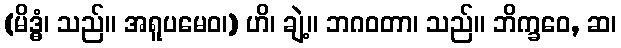
(မိဒ္ဓံ၊ သည်။ အရူပမေဝ၊) ဟိ၊ ချဲ့။ ဘဂဝတာ၊ သည်။ ဘိက္ခဝေ, ဆ၊